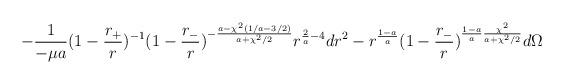
LaTeX: \begin{align*}- \frac{1}{- \mu a} ( 1- \frac{r_+}{r} )^{-1} ( 1- \frac{r_-}{r} ) ^{- \frac{a- \chi^2 ( 1/a - 3/2 )} {a + \chi^2 /2 }}r^{ \frac{2}{a} - 4} dr^2- r^{\frac{1-a}{a}} (1- \frac{r_-}{r} )^{\frac{1-a}{a} \frac{\chi^2}{a + \chi^2 /2} } d \Omega\end{align*}